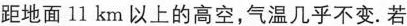
距地面 11 km 以上的高空，气温几乎不变.若